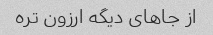
از جاهای دیگه ارزون تره